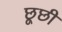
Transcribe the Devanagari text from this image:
छूछी